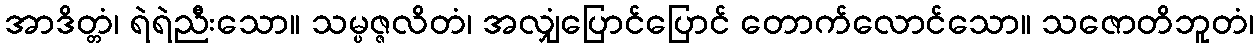
အာဒိတ္တံ၊ ရဲရဲညီးသော။ သမ္ပဇ္ဇလိတံ၊ အလျှံပြောင်ပြောင် တောက်လောင်သော။ သဇောတိဘူတံ၊